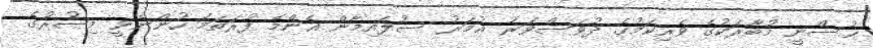
ޙުސްނީ މުބާރަކުގެ ވެރިކަމުގެ ދުވަސްވަރު ޢުމަރު ސުލައިމާން އެންމެ ފުރަތަމަ ހުންނެވީ މިޞުރުގެ